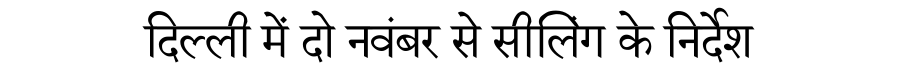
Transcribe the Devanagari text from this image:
दिल्ली में दो नवंबर से सीलिंग के निर्देश